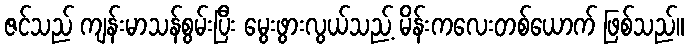
ဇင်သည် ကျန်းမာသန်စွမ်းပြီး မွေးဖွားလွယ်သည့် မိန်းကလေးတစ်ယောက် ဖြစ်သည်။